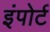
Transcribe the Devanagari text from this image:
इंपोर्ट